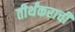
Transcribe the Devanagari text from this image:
तीर्थंकराची